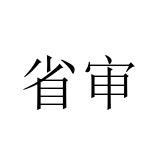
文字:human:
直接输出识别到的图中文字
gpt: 省审